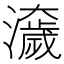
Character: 𤂾